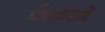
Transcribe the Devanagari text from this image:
कैद्यांशी